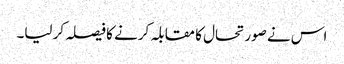
اس نے صورتحال کا مقابلہ کرنے کا فیصلہ کر لیا۔